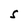
Character: s